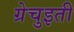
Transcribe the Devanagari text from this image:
ग्रेचुइती